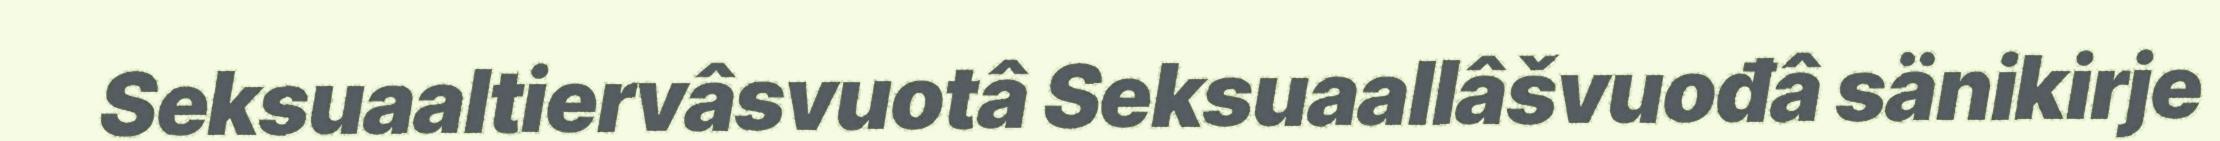
Seksuaaltiervâsvuotâ Seksuaallâšvuođâ sänikirje